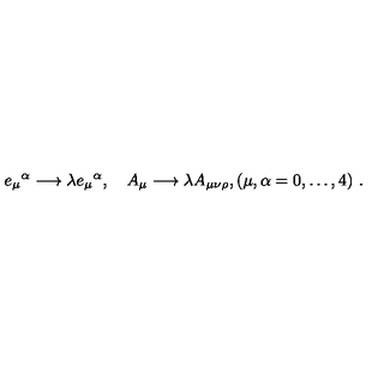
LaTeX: e _ { \mu } { } ^ { \alpha } \longrightarrow \lambda e _ { \mu } { } ^ { \alpha } , \quad A _ { \mu } \longrightarrow \lambda A _ { \mu \nu \rho } , ( \mu , \alpha = 0 , \ldots , 4 ) \ .